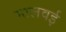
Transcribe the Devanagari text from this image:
मालवई